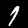
Label: 1